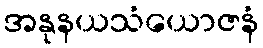
အနုနယသံယောဇနံ